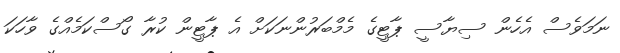
ނަމަވެސް އެހެން ސިޔާސީ ޕާޓީގެ މެމްބަރުންނަކަށް އެ ޕާޓީން ކުރާ ގޯސްކަމެއްގެ ވާހަކަ